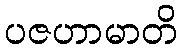
ပဇဟာမာတိ